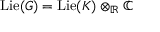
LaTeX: \operatorname { L i e } ( G ) = \operatorname { L i e } ( K ) \otimes _ { \mathbb { R } } \mathbb { C }